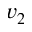
v _ { 2 }